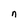
Character: n